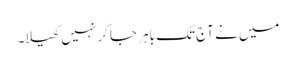
میں نے آج تک باہر جا کر نہیں کھیلا۔